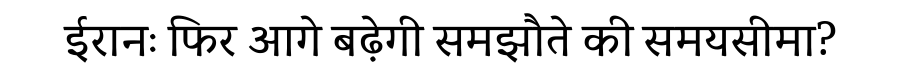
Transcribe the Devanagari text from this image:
ईरानः फिर आगे बढ़ेगी समझौते की समयसीमा?